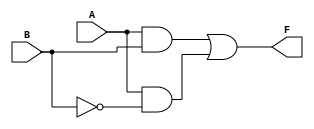
module two_variable_kmap (
    input wire A, // 1-bit input A
    input wire B, // 1-bit input B
    output wire F // 1-bit output F
);

// Boolean expression for F derived from the K-map
// Example: This K-map has '1's for F(0,1) and F(1,1).
// This corresponds to the simplified expression F = B

assign F = (A & B) | (A & ~B); // This is the expression for F given this example

endmodule